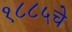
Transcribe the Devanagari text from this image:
१८८५चे